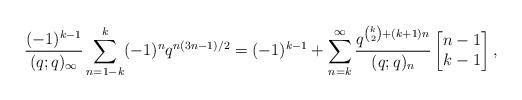
LaTeX: \begin{align*} \frac{(-1)^{k-1}}{(q;q)_\infty} \sum_{n=1-k}^{k} (-1)^{n} q^{n(3n-1)/2}= (-1)^{k-1}+ \sum_{n=k}^\infty \frac{q^{{k\choose 2}+(k+1)n}}{(q;q)_n}\begin{bmatrix}n-1\\k-1\end{bmatrix},\end{align*}